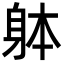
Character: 躰